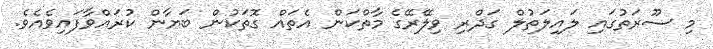
މި ސޫރަތުގައި ލައިލަތުލް ގަދްރި ވިލޭރޭގެ މާތްކަން އެތައް ގޮތަކުން ބަޔާން ކުރައްވާފައިވެއެވެ.